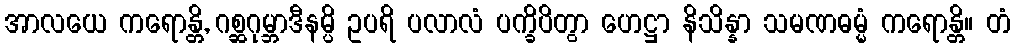
အာလယေ ကရောန္တိ, ဂစ္ဆဂုမ္ဘာဒီနမ္ပိ ဥပရိ ပလာလံ ပက္ခိပိတွာ ဟေဋ္ဌာ နိသိန္နာ သမဏဓမ္မံ ကရောန္တိ။ တံ